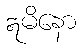
ဣမိနော